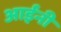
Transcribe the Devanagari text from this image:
आईंनी